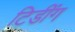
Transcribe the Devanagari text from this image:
टिडींग